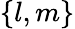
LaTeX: \{ l,m\}